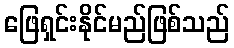
ဖြေရှင်းနိုင်မည်ဖြစ်သည်